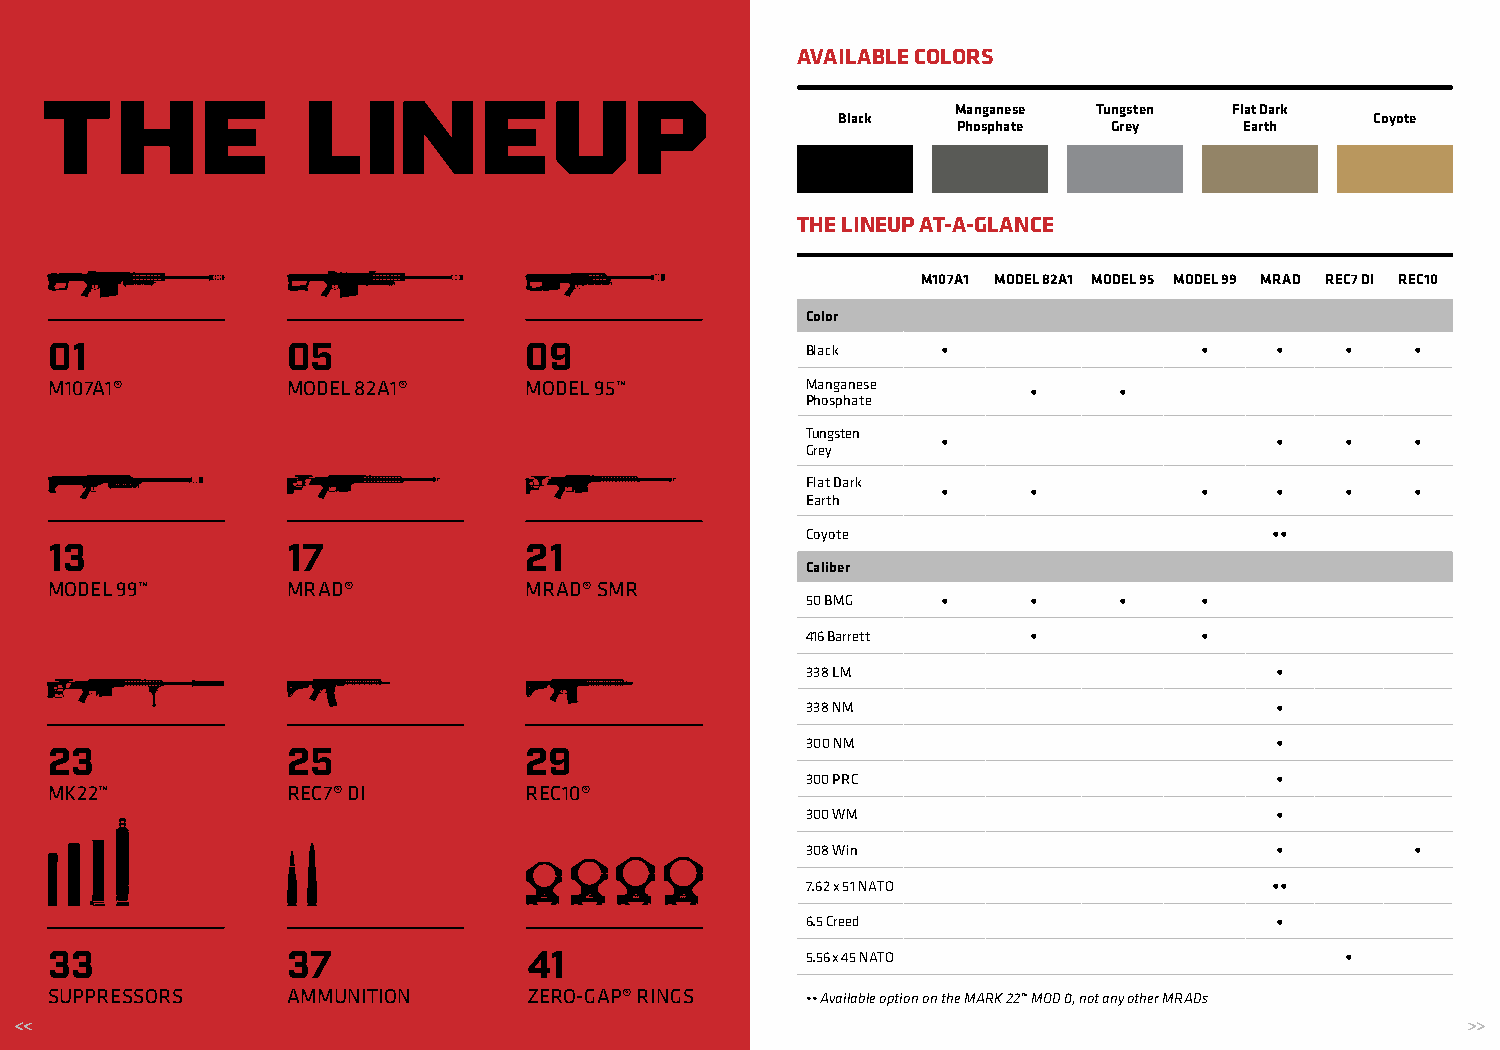
AVAILABLE COLORS
 THE               LINEUP
 Manganese Tungsten Flat Dark
 Black                               Coyote
 Phosphate  Grey    Earth
 THE LINEUP AT-A-GLANCE
 M107A1 MODEL 82A1 MODEL 95 MODEL 99 MRAD REC7 DI REC10
 Color
 01              05              09                Black    •     •     •     •    •   •    •
 M107A1®         MODEL 82A1®     MODEL 95™         Manganese •    •     •     •    •   •    •
 Phosphate
 Tungsten
 •           •     •    •   •    •
 Grey
 Flat Dark
 •     •     •     •    •   •    •
 Earth
 Coyote   •     •     •     •   ••   •    •
 13              17              21
 Caliber
 MODEL 99™       MRAD®           MRAD® SMR
 50 BMG   •     •     •     •    •   •    •
 416 Barrett •  •     •     •    •   •    •
 338 LM   •     •     •     •    •   •    •
 338 NM   •     •     •     •    •   •    •
 300 NM   •     •     •     •    •   •    •
 23              25              29
 300 PRC  •     •     •     •    •   •    •
 MK22™           REC7® DI        REC10®
 300 WM   •     •     •     •    •   •    •
 308 Win  •     •     •     •    •   •    •
 7.62 x 51 NATO • •   •     •   ••   •    •
 6.5 Creed •    •     •     •    •   •    •
 33              37              41                5.56 x 45 NATO • •   •     •    •   •    •
 SUPPRESSORS     AMMUNITION      ZERO-GAP® RINGS   •• Available option on the MARK 22™ MOD 0, not any other MRADs